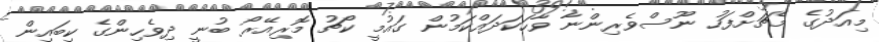
މިއަދުގެ މެޗަށްފަހު ނޫސްވެރިންނާ ވާހަކަދައްކަމުން ގައުމީ ކޯޗު މޮރިއޭރޯ ބުނީ ދިވެހިންގެ ކިބައިން